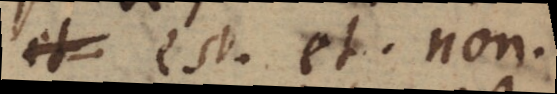
et est, et, non,